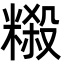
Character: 䊛